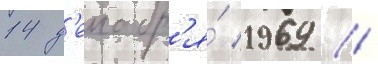
14 д'екабр'я́ 1969 /